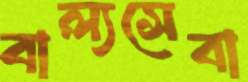
বাল্যসেবা